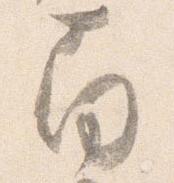
南